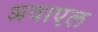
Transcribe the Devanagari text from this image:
अवाएल